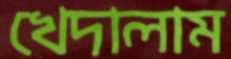
খেদালাম